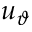
u _ { \vartheta }